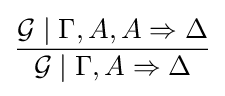
{\frac {{\mathcal {G}}\mid \Gamma ,A,A\Rightarrow \Delta }{{\mathcal {G}}\mid \Gamma ,A\Rightarrow \Delta }}